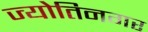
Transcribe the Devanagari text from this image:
ज्योतिनगर